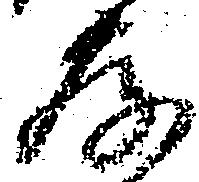
存